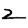
Digit: 2